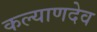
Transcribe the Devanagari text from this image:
कल्याणदेव